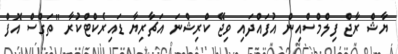
ޔާޝް ރާޖް ފިލްމްސްއިން އުފައްދައި ވިޖޭ ކްރިޝްނަ އަޗާރިޔާ ޑައިރެކްޓްކުރާ "ތަގްސް އޮފް